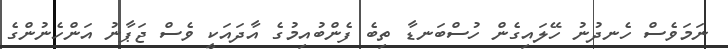
ނަމަވެސް ހެނދުނު ހޭލައިގެން ހުސްބަނޑާ ތިބެ ފެންބުއިމުގެ އާދައަކީ ވެސް ޖަޕާނު އަންހެނުންގެ